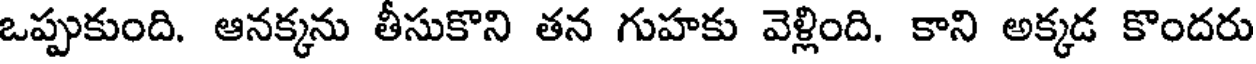
ఒప్పుకుంది. ఆనక్కను తీసుకొని తన గుహకు వెళ్లింది. కాని అక్కడ కొందరు